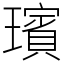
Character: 璸